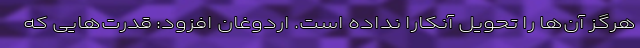
هرگز آن‌ها را تحویل آنکارا نداده است. اردوغان افزود: قدرت‌هایی که